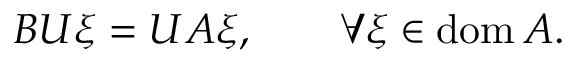
B U \xi = U A \xi , \qquad \forall \xi \in \operatorname { d o m } A .